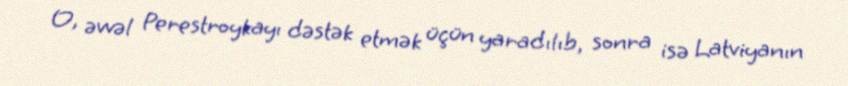
O, əvvəl Perestroykayı dəstək etmək üçün yaradılıb, sonra isə Latviyanın